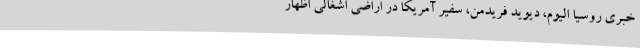
خبری روسیا الیوم، دیوید فریدمن، سفیر آمریکا در اراضی اشغالی اظهار